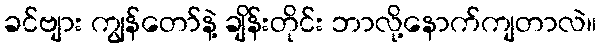
ခင်ဗျား ကျွန်တော်နဲ့ ချိန်းတိုင်း ဘာလို့နောက်ကျတာလဲ။